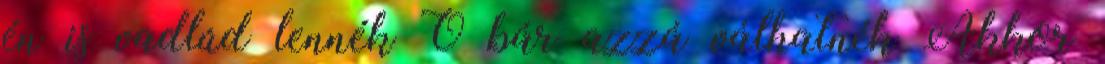
én is vadlúd lennék Ó bár azzá válhatnék Akkor